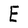
Character: E